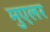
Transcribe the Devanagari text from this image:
मुएलर